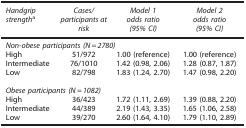
<table><thead><tr><td><b><i>Handgrip strength</i>a</b></td><td><b><i>Cases/participants at risk</i></b></td><td><b><i>Model 1 odds ratio (95% CI)</i></b></td><td><b><i>Model 2 odds ratio (95% CI)</i></b></td></tr></thead><tbody><tr><td colspan="4"><i>Non-obese participants (N=2780)</i></td></tr><tr><td>High</td><td>51/972</td><td>1.00 (reference)</td><td>1.00 (reference)</td></tr><tr><td>Intermediate</td><td>76/1010</td><td>1.42 (0.98, 2.06)</td><td>1.28 (0.87, 1.87)</td></tr><tr><td>Low</td><td>82/798</td><td>1.83 (1.24, 2.70)</td><td>1.47 (0.98, 2.20)</td></tr><tr><td> </td><td> </td><td> </td><td> </td></tr><tr><td colspan="4"><i>Obese participants (N=1082)</i></td></tr><tr><td>High</td><td>36/423</td><td>1.72 (1.11, 2.69)</td><td>1.39 (0.88, 2.20)</td></tr><tr><td>Intermediate</td><td>44/389</td><td>2.19 (1.43, 3.35)</td><td>1.65 (1.06, 2.58)</td></tr><tr><td>Low</td><td>39/270</td><td>2.60 (1.64, 4.10)</td><td>1.79 (1.10, 2.89)</td></tr></tbody></table>